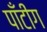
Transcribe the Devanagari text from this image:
पाँटींग